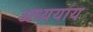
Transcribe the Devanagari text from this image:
अध्ययाय